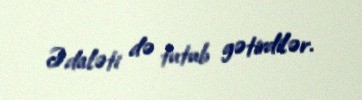
Ədaləti də tutub gətirdilər.